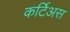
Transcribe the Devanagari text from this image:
कर्टिअस